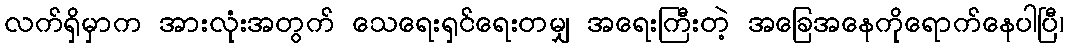
လက်ရှိမှာက အားလုံးအတွက် သေရေးရှင်ရေးတမျှ အရေးကြီးတဲ့ အခြေအနေကိုရောက်နေပါပြီ၊